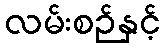
လမ်းစဉ်နှင့်